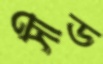
সীড